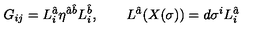
G _ { i j } = L _ { i } ^ { \hat { a } } \eta ^ { { \hat { a } } { \hat { b } } } L _ { i } ^ { \hat { b } } , \qquad L ^ { \hat { a } } ( X ( \sigma ) ) = d \sigma ^ { i } L _ { i } ^ { \hat { a } } \,